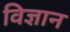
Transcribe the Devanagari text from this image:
विज्ञान